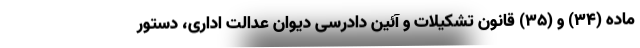
ماده (۳۴) و (۳۵) قانون تشکیلات و آئین دادرسی دیوان عدالت اداری، دستور